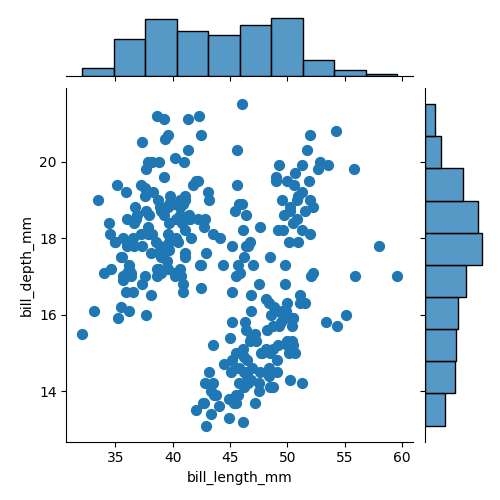
python, seaborn, jointplot, kind='scatter', height='5', ratio='5', marginal_ticks='False'